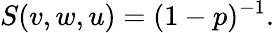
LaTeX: S(v,w,u)=(1-p)^{-1}.